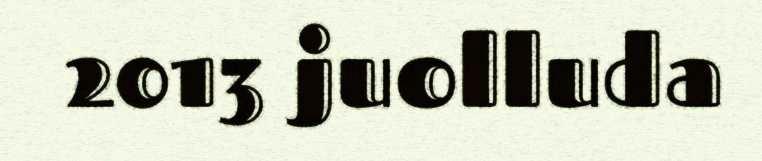
2013 juolluda